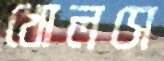
খোলসে